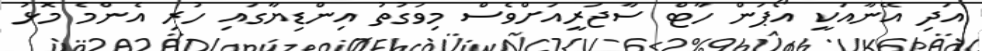
އަދި އޭނާއަކީ އޯޕަން ހާޓް ސާޖަރީއަށްވެސް މިވަގުތު އިންޑިޔާގައި ހުރި އެންމެ މޮޅު